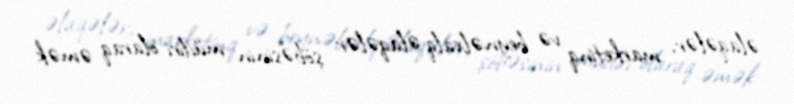
əlaqələr, marketinq və beynəlxalq əlaqələr şöbəsinin müdiri olaraq əmək